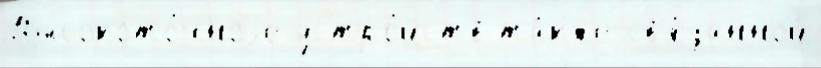
Высокото́чноjе устро́йств та́кже св'я́занной